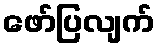
ဖော်ပြလျက်